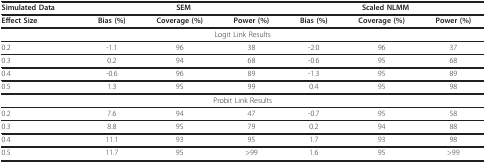
<table><thead><tr><td><b>Simulated Data</b></td><td colspan="3"><b>SEM</b></td><td colspan="3"><b>Scaled NLMM</b></td></tr></thead><tbody><tr><td><b>Effect Size</b></td><td><b>Bias (%)</b></td><td><b>Coverage (%)</b></td><td><b>Power (%)</b></td><td><b>Bias (%)</b></td><td><b>Coverage (%)</b></td><td><b>Power (%)</b></td></tr><tr><td colspan="7">Logit Link Results</td></tr><tr><td>0.2</td><td>-1.1</td><td>96</td><td>38</td><td>-2.0</td><td>96</td><td>37</td></tr><tr><td>0.3</td><td>0.2</td><td>94</td><td>68</td><td>-0.6</td><td>95</td><td>68</td></tr><tr><td>0.4</td><td>-0.6</td><td>96</td><td>89</td><td>-1.3</td><td>95</td><td>89</td></tr><tr><td>0.5</td><td>1.3</td><td>95</td><td>99</td><td>0.4</td><td>95</td><td>98</td></tr><tr><td colspan="7">Probit Link Results</td></tr><tr><td>0.2</td><td>7.6</td><td>94</td><td>47</td><td>-0.7</td><td>95</td><td>58</td></tr><tr><td>0.3</td><td>8.8</td><td>95</td><td>79</td><td>0.2</td><td>94</td><td>88</td></tr><tr><td>0.4</td><td>11.1</td><td>93</td><td>95</td><td>1.7</td><td>93</td><td>98</td></tr><tr><td>0.5</td><td>11.7</td><td>95</td><td>&gt;99</td><td>1.6</td><td>95</td><td>&gt;99</td></tr></tbody></table>